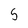
Character: 5